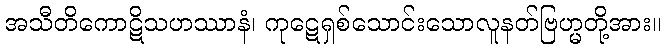
အသီတိကောဋိသဟဿာနံ၊ ကုဋေရှစ်သောင်းသောလူနတ်ဗြဟ္မတို့အား။